画像に写った文字を読んでください
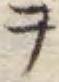
「ヲ」と書いてあります